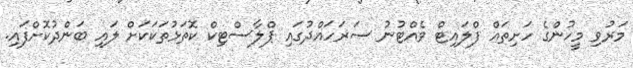
މަރުވި މީހުންގެ ހަށިތައް ފްލައިޓް ވެއްޓުނު ސަރަހައްދުގައި ޕްލާސްޓިކް ކޮތަޅުތަކަކަށް ލައި ބަންދުކޮށްފައި.